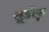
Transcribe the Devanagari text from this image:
सूडोकू